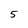
Character: 5